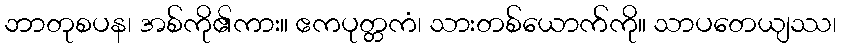
ဘာတုစပန၊ အစ်ကို၏ကား။ ဧကပုတ္တကံ၊ သားတစ်ယောက်ကို။ သာပတေယျဿ၊